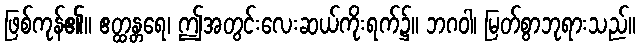
ဖြစ်ကုန်၏။ ဧတ္ထန္တရေ၊ ဤအတွင်းလေးဆယ်ကိုးရက်၌။ ဘဂဝါ၊ မြတ်စွာဘုရားသည်။